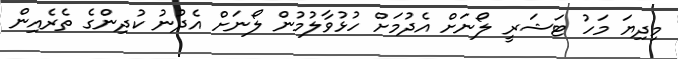
މިދިޔަ މަހު ޓަޝަރީ ލޯނަށް އެދުމަށް ހުޅުވާލުމުން ލޯނަށް އެދުނު ކުދިންގެ ތެރެއިން